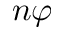
n \varphi